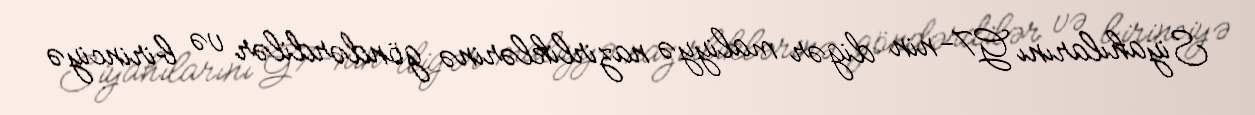
Siyahılarını G7-nin digər maliyyə nazirliklərinə göndərdilər və birinciyə